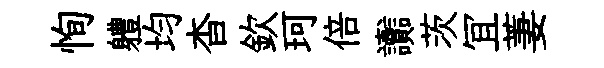
恂軆均杳欽珂倍讟茨冝萋